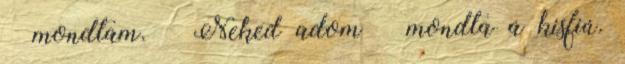
– mondtam. – Neked adom – mondta a kisfiú.